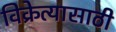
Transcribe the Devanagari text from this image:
विक्रेत्यासाठी